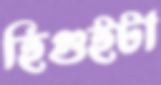
হিগুইটা